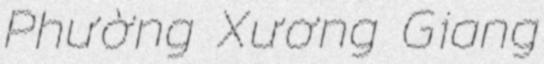
Phường Xương Giang